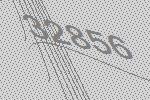
32856